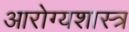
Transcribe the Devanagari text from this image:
आरोग्यशास्त्र